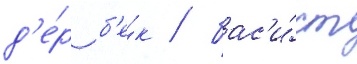
д'е́р б'е́к / бас'и́ст